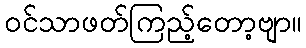
ဝင်သာဖတ်ကြည့်တော့ဗျာ။